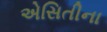
એસિતીના